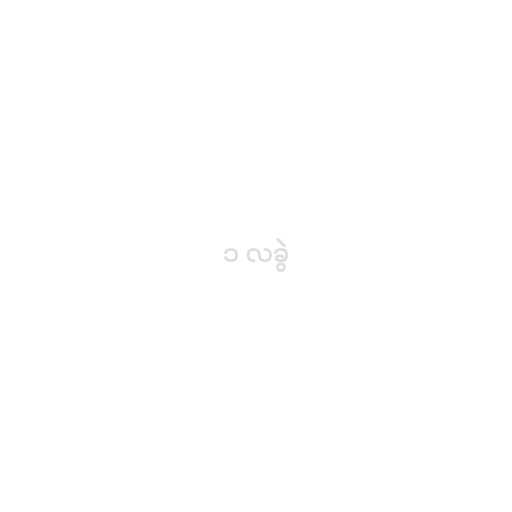
၁ လခွဲ